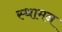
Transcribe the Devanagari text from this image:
स्थामन